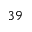
^ { 3 9 }